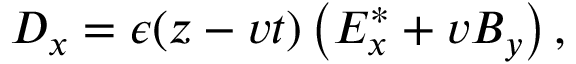
D _ { x } = \epsilon ( z - v t ) \left( E _ { x } ^ { * } + v B _ { y } \right) ,